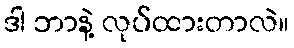
ဒါ ဘာနဲ့ လုပ်ထားတာလဲ။